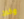
وخرج